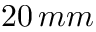
2 0 \, m m